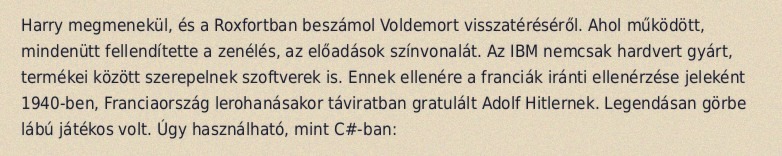
Harry megmenekül, és a Roxfortban beszámol Voldemort visszatéréséről. Ahol működött, mindenütt fellendítette a zenélés, az előadások színvonalát. Az IBM nemcsak hardvert gyárt, termékei között szerepelnek szoftverek is. Ennek ellenére a franciák iránti ellenérzése jeleként 1940-ben, Franciaország lerohanásakor táviratban gratulált Adolf Hitlernek. Legendásan görbe lábú játékos volt. Úgy használható, mint C#-ban: